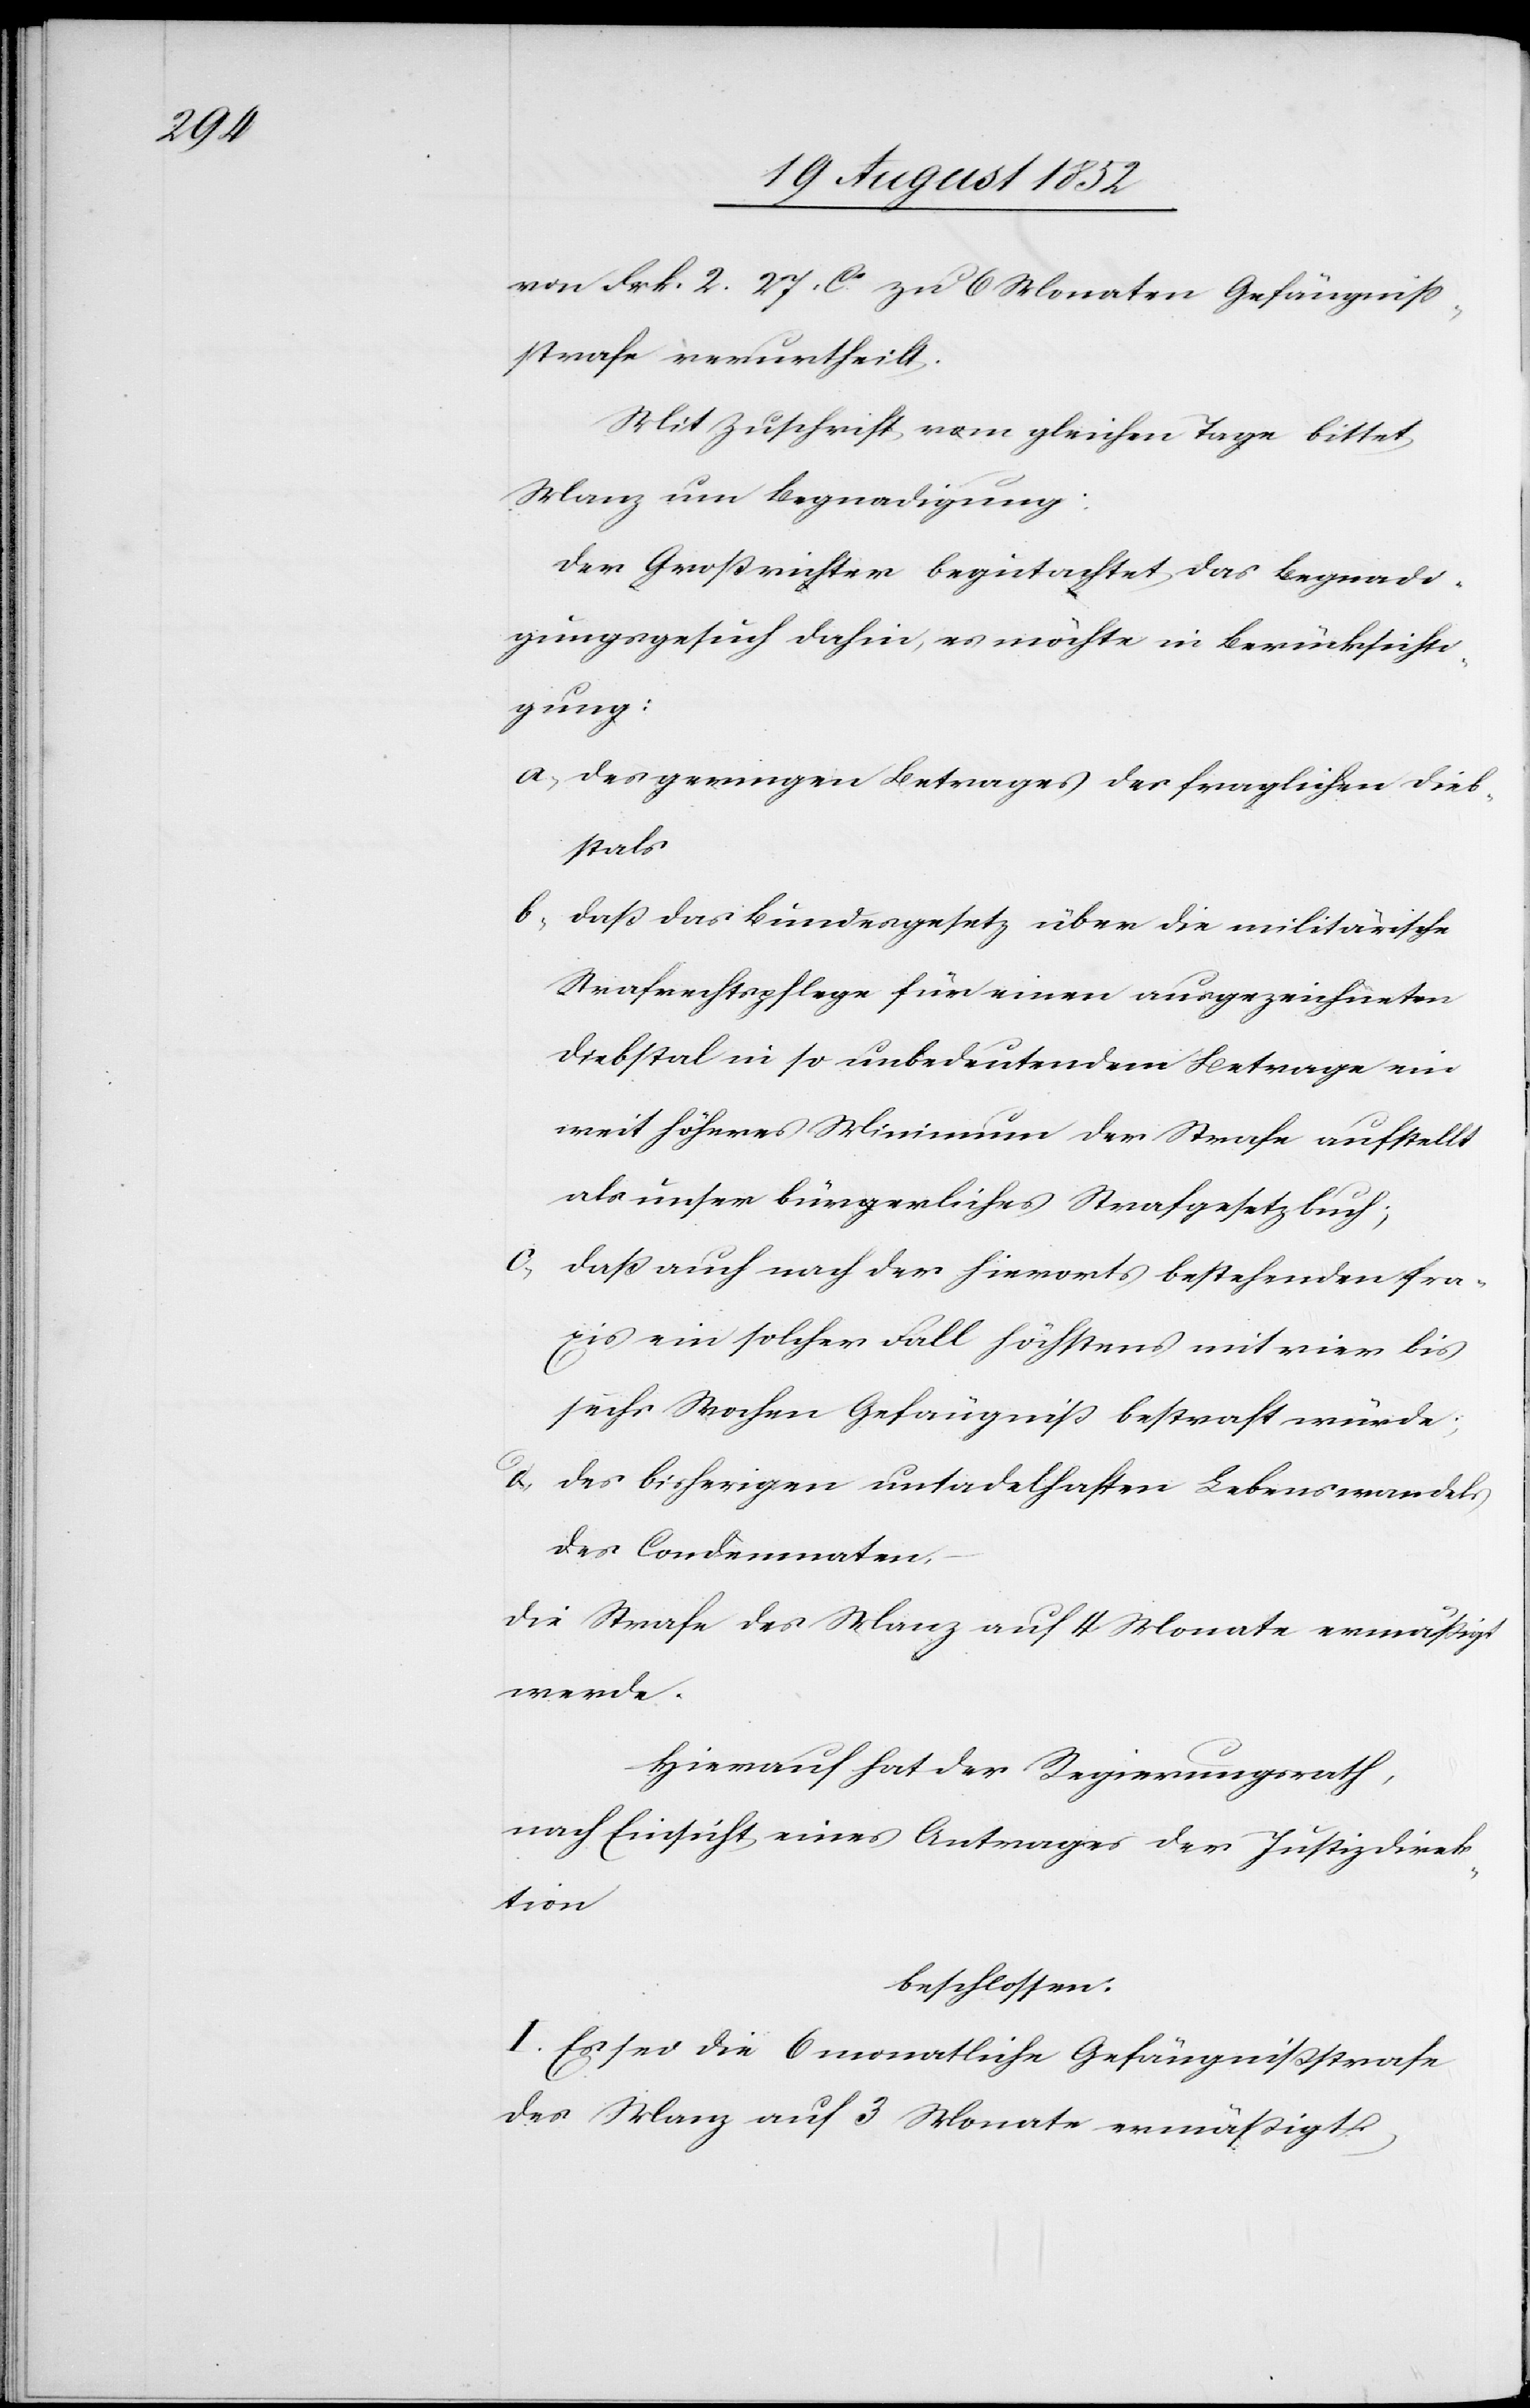
von Frk. 2. 27. Cs. zu 6 Monaten Gefängniß¬
strafe verurtheilt.
Mit Zuschrift vom gleichen Tage bittet
Manz um Begnadigung;
Der Großrichter begutachtet das Begnadi¬
gungsgesuch dahin, es möchte in Berücksichti¬
gung:
des geringen Betrages des fraglichen Dieb¬
stals
daß das Bundesgesetz über die militärische
Strafrechtspflege für einen ausgezeichneten
Diebstal in so unbedeutendem Betrage ein
weit höheres Minimum der Strafe aufstellt
als unser bürgerliches Strafgesetzbuch;
daß auch nach der hierorts bestehenden Pra¬
xis ein solcher Fall höchstens mit vier bis
sechs Wochen Gefängniß bestraft würde;
des bisherigen untadelhaften Lebenswandels
des Condemnaten,
die Strafe des Manz auf 4 Monate ermäßigt
werde.
Hierauf hat der Regierungsrath,
nach Einsicht eines Antrages der Justizdirek¬
tion
beschlossen:
I. Es sei die 6 monatliche Gefängnißstrafe
des Manz auf 3 Monate ermäßigt.